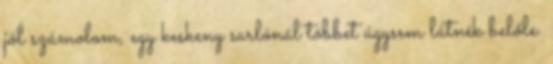
jól számolom, egy keskeny sarlónál többet úgysem látnék belőle.